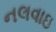
નલવાઇ